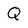
Character: Q